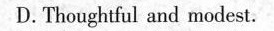
D. Thoughtful and modest.